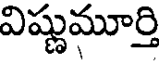
విష్ణుమూర్తి